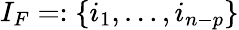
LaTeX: I_{F}=:\{ i_{1},\dotsc,i_{n-p}\}